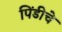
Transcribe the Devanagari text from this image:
पिंडीचे